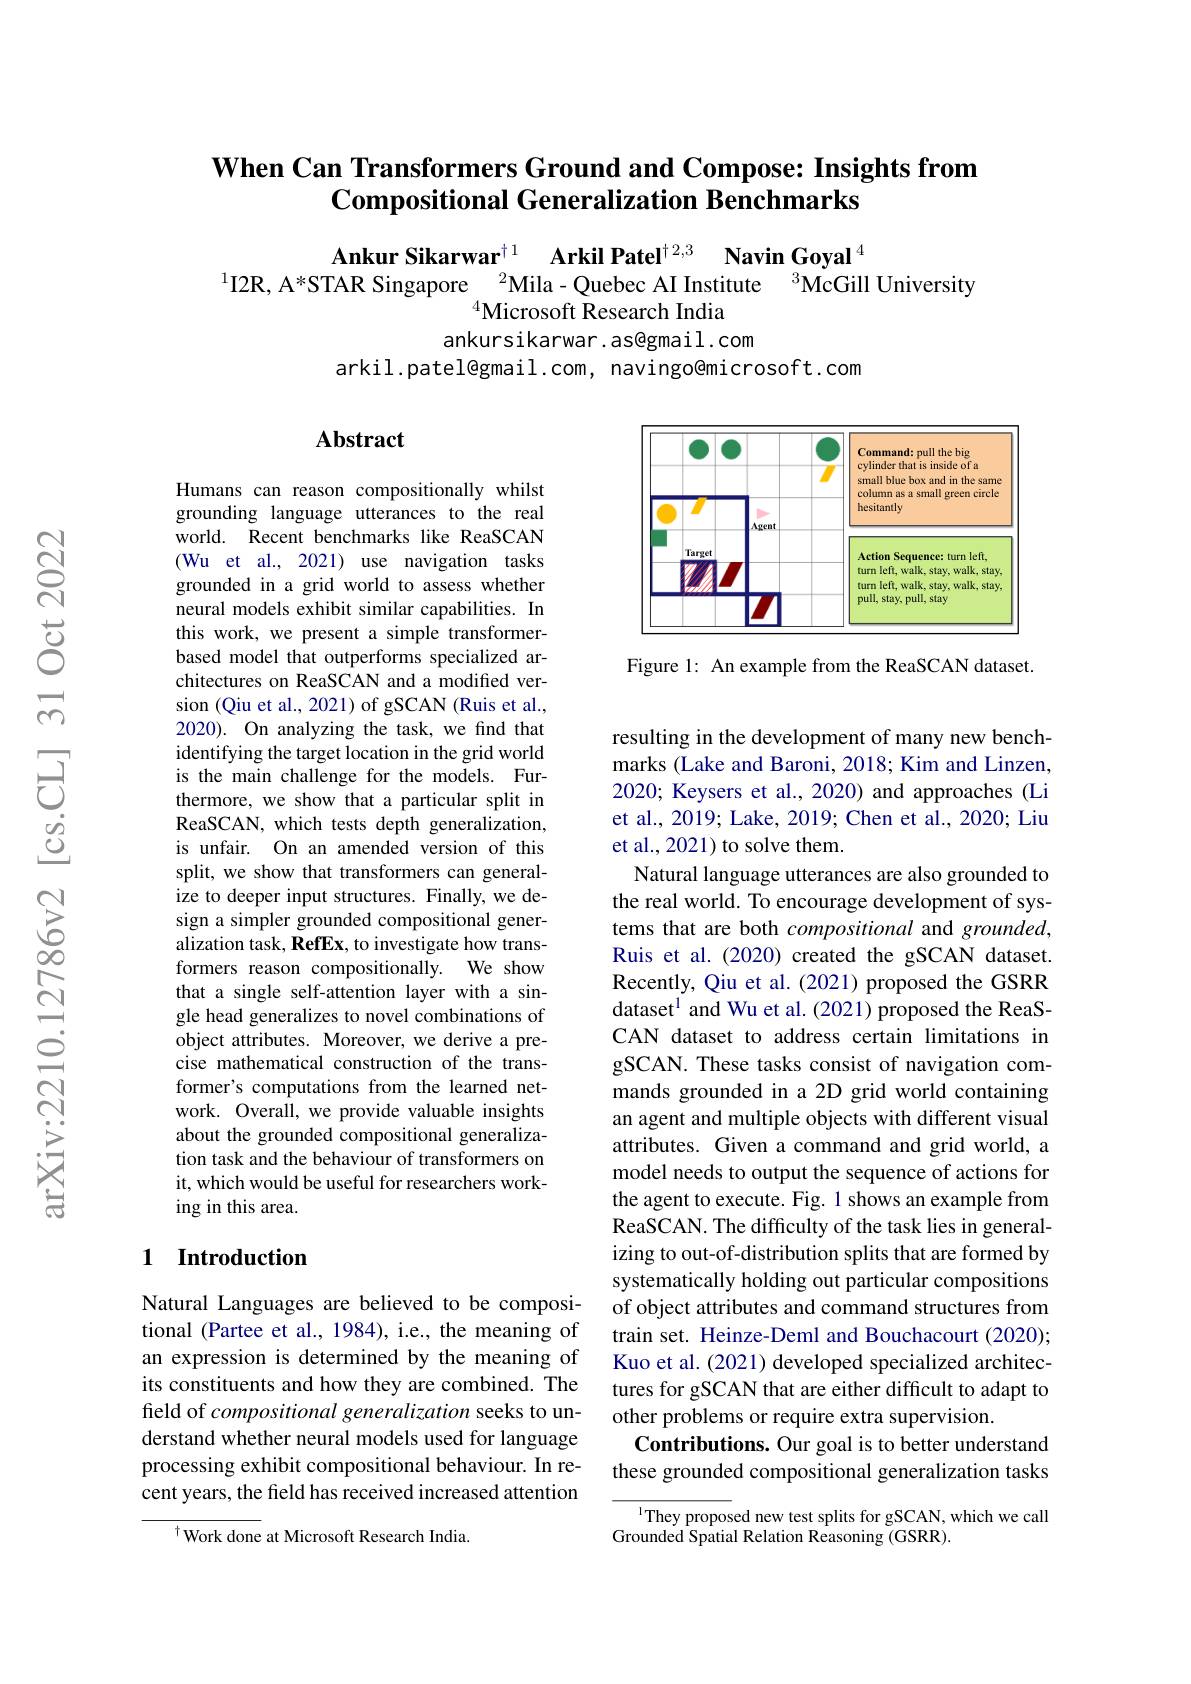
# When Can Transformers Ground and Compose: Insights from $\textbf{Compositional Generalization Benchmarks}$

$\begin{array}{c}\textbf{Ankur Sikarwar}^{+1}&\textbf{Arkil Patel}^{+2,3}&\textbf{Navin Goyal}^{4}\\\text{I2R, A*STAR Singapore }^{2}\text{Mila-Quebec AI Institute}&^{3}\text{McGill University}\end{array}$
$^{4}$Microsoft Research India
ankursikarwar.as@gmail.com
arkil.patel@gmail.com, navingo@microsoft.com

## Abstract

<FigureHere>

Figure 1: An example from the ReaSCAN dataset.

Humans can reason compositionally whilst grounding language utterances to the real world. Recent benchmarks like ReaSCAN (Wu et al., 2021) use navigation tasks grounded in a grid world to assess whether neural models exhibit similar capabilities. In this work, we present a simple transformerbased model that outperforms specialized architectures on ReaSCAN and a modified version (Qiu et al., 2021) of gSCAN (Ruis et al., 2020). On analyzing the task, we find that identifying the target location in the grid world is the main challenge for the models. Furthermore, we show that a particular split in ReaSCAN, which tests depth generalization, is unfair. On an amended version of this split, we show that transformers can generalize to deeper input structures. Finally, we design a simpler grounded compositional generalization task, RefEx, to investigate how transformers reason compositionally. We show that a single self-attention layer with a single head generalizes to novel combinations of object attributes. Moreover, we derive a precise mathematical construction of the transformer's computations from the learned network. Overall, we provide valuable insights about the grounded compositional generalization task and the behaviour of transformers on it, which would be useful for researchers working in this area.

resulting in the development of many new benchmarks (Lake and Baroni, 2018; Kim and Linzen, 2020; Keysers et al., 2020) and approaches (Li et al., 2019; Lake, 2019; Chen et al., 2020; Liu et al., 2021) to solve them.
Natural language utterances are also grounded to the real world. To encourage development of systems that are both compositional and grounded, Ruis et al. (2020) created the gSCAN dataset. Recently, Qiu et al. (2021) proposed the GSRR dataset$^{1}$ and Wu et al.(2021) proposed the ReaSCAN dataset to address certain limitations in gSCAN. These tasks consist of navigation commands grounded in a 2D grid world containing an agent and multiple objects with different visual attributes. Given a command and grid world, a model needs to output the sequence of actions for the agent to execute. Fig. 1 shows an example from ReaSCAN. The difficulty of the task lies in generalizing to out-of-distribution splits that are formed by systematically holding out particular compositions of object attributes and command structures from train set. Heinze-Deml and Bouchacourt (2020); Kuo et al. (2021) developed specialized architectures for gSCAN that are either difficult to adapt to other problems or require extra supervision.
Contributions. Our goal is to better understand these grounded compositional generalization tasks
$^{1}$They proposed new test splits for gSCAN, which we call

### 1 $\textbf{Introduction}$

Natural Languages are believed to be compositional (Partee et al., 1984), i.e., the meaning of an expression is determined by the meaning of its constituents and how they are combined. The field of compositional generalization seeks to understand whether neural models used for language processing exhibit compositional behaviour. In recent years, the field has received increased attention

Grounded Spatial Relation Reasoning (GSRR).

$^{\dagger}{\mathrm{Work~done~at~Microsoft~Research~India.}}$